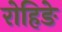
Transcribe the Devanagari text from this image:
रोहिङे